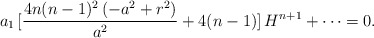
\begin{align*}a_{1}\,[\frac{4 n(n-1)^2\,(-a^2+r^2)}{a^2}+4(n-1)]\,H^{n+1}+\cdots=0.\end{align*}